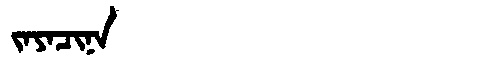
Manchu: ᠵᠠᠶᠠᠴᡳᠨᠠ
Romanization: JAYACINA